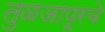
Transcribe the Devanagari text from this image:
तुळजापूरचे